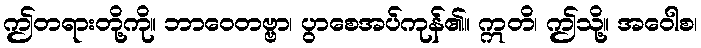
ဤတရားတို့ကို။ ဘာဝေတဗ္ဗာ၊ ပွာစေအပ်ကုန်၏။ ဣတိ၊ ဤသို့။ အဝေါစ၊